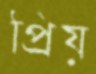
প্রিয়